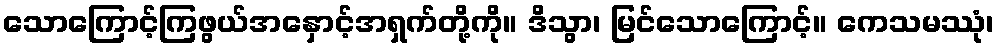
သောကြောင့်ကြဖွယ်အနှောင့်အရှက်တို့ကို။ ဒိသွာ၊ မြင်သောကြောင့်။ ကေသမဿုံ၊